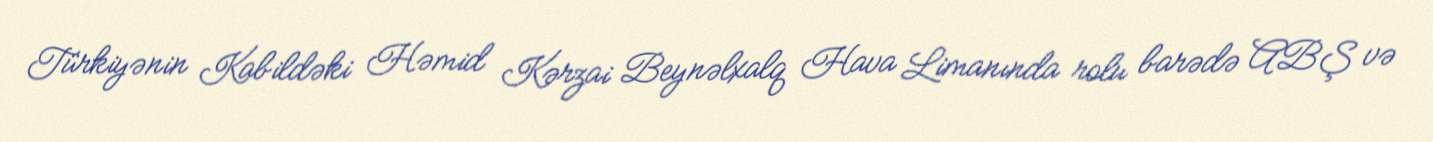
Türkiyənin Kabildəki Həmid Kərzai Beynəlxalq Hava Limanında rolu barədə ABŞ və